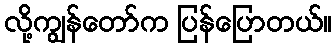
လို့ကျွန်တော်က ပြန်ပြောတယ်။